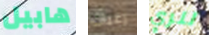
هابيل رغبات لنري